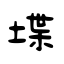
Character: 堞